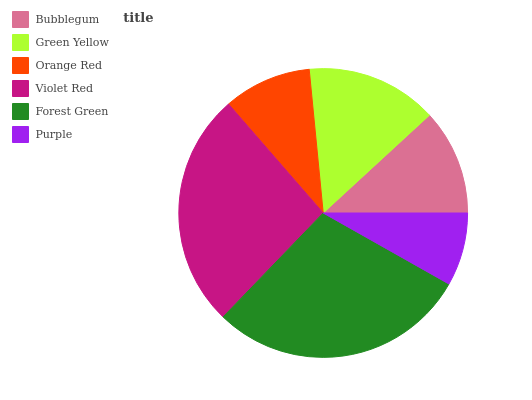
| Bubblegum | Green Yellow | Orange Red | Violet Red | Forest Green | Purple |
 | --- | --- | --- | --- | --- | --- |
 | 11.8% | 14.7% | 9.86% | 26.4% | 29% | 8.18% |